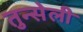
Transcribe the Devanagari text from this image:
तुन्सेली